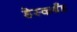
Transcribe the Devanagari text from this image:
डेस्कबँड